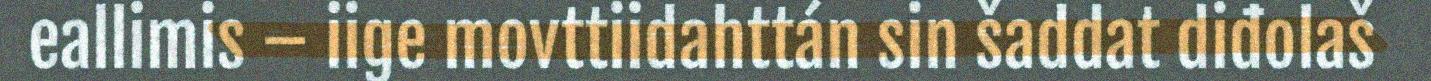
eallimis – iige movttiidahttán sin šaddat diđolaš